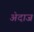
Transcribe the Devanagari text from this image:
अ॓दाज